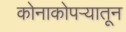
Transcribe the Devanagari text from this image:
कोनाकोपऱ्यातून